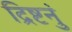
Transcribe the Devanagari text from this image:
द्रिष्टनुं